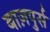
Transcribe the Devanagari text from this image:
बाज़पुर्स